Ridala_vallavalitsus, lk 22
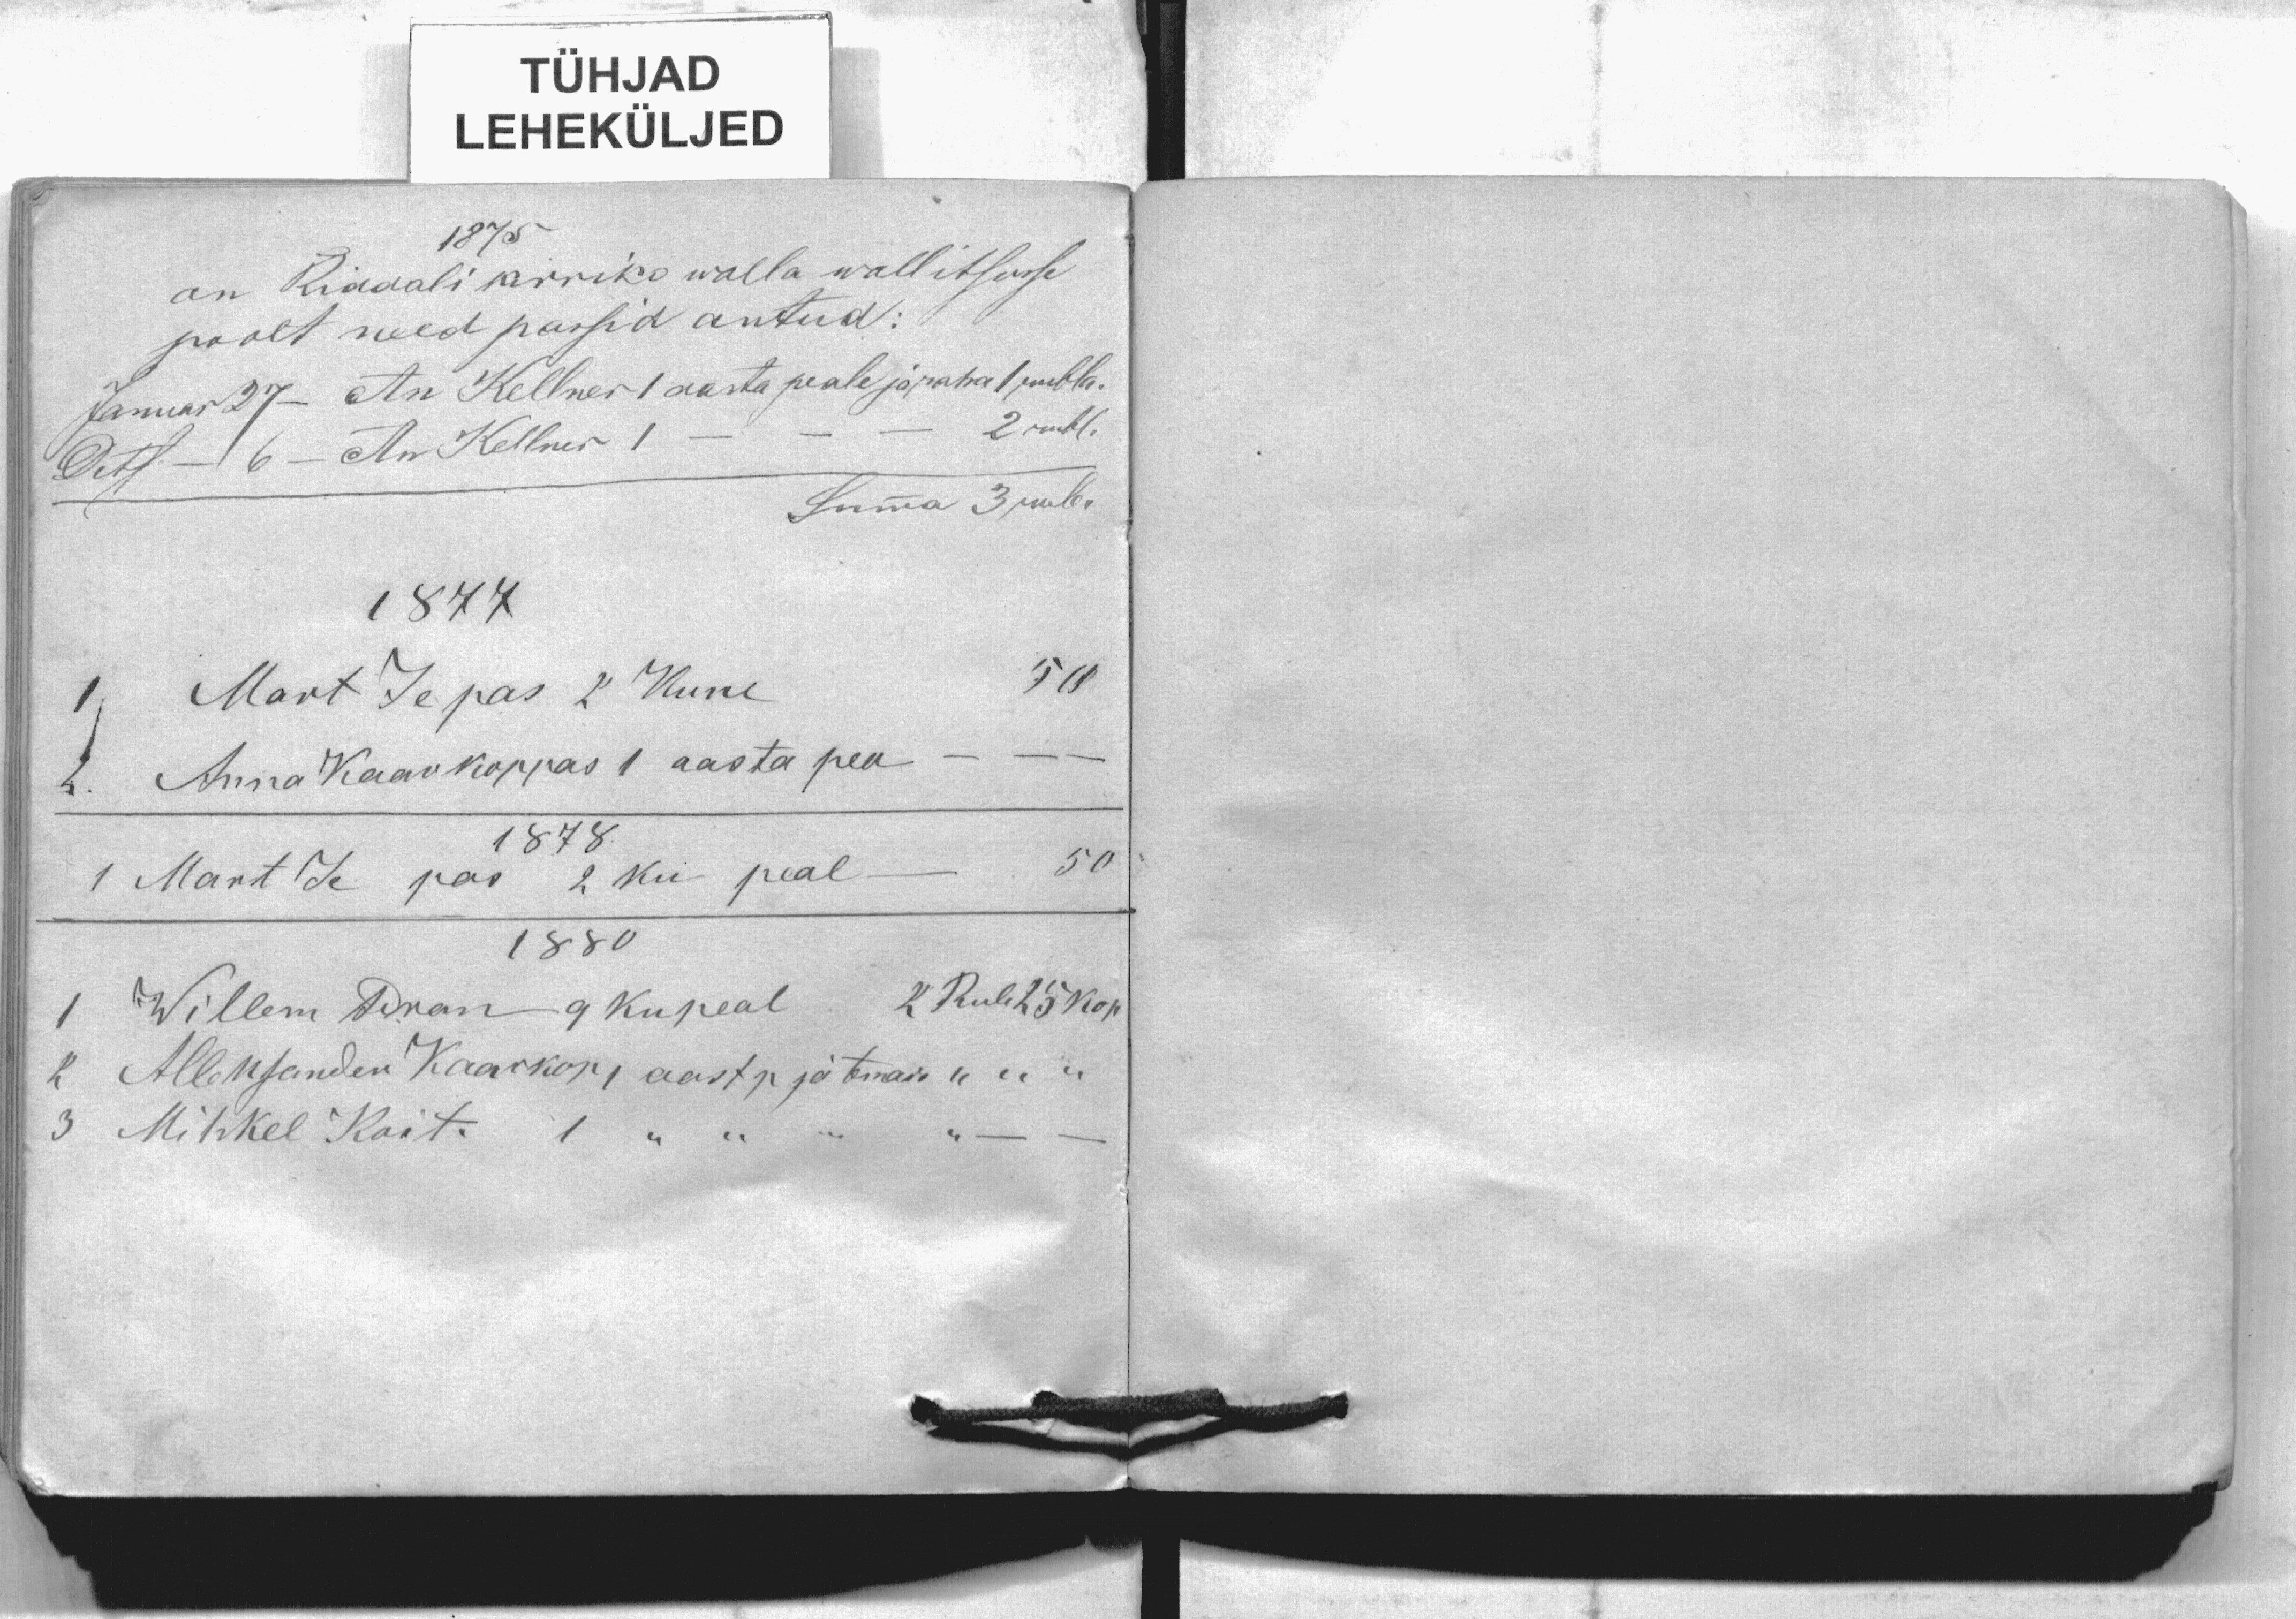
TÜHJAD
LEHEKÜLJED
1875
on Ridali kirriko walla walitsusse
poolt ned passid antud
Januar 27 - An Kellner 1 aasta peale ja raha 1 rubla
Dets. 6 An Kellner 1 - - - 2 rubl.
Summa 3 rub.
1877
1 Mart Tepas 2 Kune 50
2. Anna Kaarkoppas 1 aasta pea
1878
1 Mart Je pas 2 ku peal 50
1880
1 Willem Piran 9 ku peal 2 Rub. 25 kop
2 Aleksander Kaarkop 1 aast p ja tema do " " "
3 Mihkel Koit. 1 " "